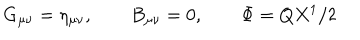
LaTeX: G _ { \mu \nu } = \eta _ { \mu \nu } , \qquad B _ { \mu \nu } = 0 , \qquad \Phi = Q X ^ { 1 } / 2